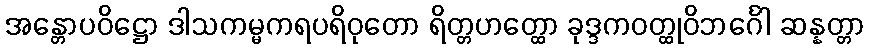
အန္တောပဝိဋ္ဌော ဒါသကမ္မကရပရိဝုတော ရိတ္တဟတ္ထော ခုဒ္ဒကဝတ္ထုဝိဘင်္ဂေါ ဆန္နတ္တာ